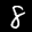
Label: 8